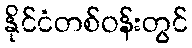
နိုင်ငံတစ်ဝန်းတွင်